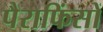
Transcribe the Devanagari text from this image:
पैराफिंसों